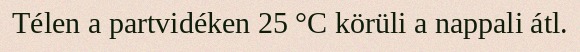
Télen a partvidéken 25 °C körüli a nappali átl.